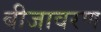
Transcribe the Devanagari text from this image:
बीजावरण